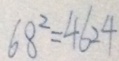
6 8 ^ { 2 } = 4 6 2 4